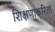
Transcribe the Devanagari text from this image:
शिक्षणाकरितां